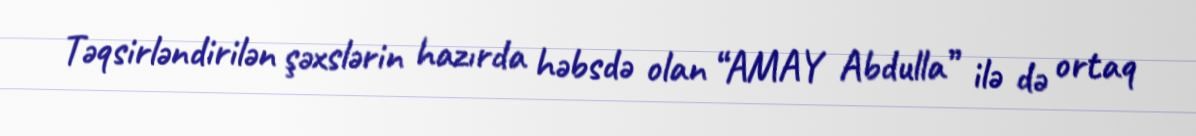
Təqsirləndirilən şəxslərin hazırda həbsdə olan “AMAY Abdulla” ilə də ortaq